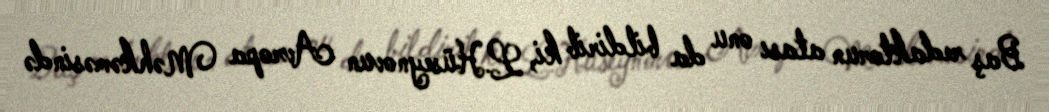
Baş redaktorun atası onu da bildirib ki, L.Hüseynovun Avropa Məhkəməsində